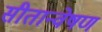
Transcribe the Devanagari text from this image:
सीतान्वेषण